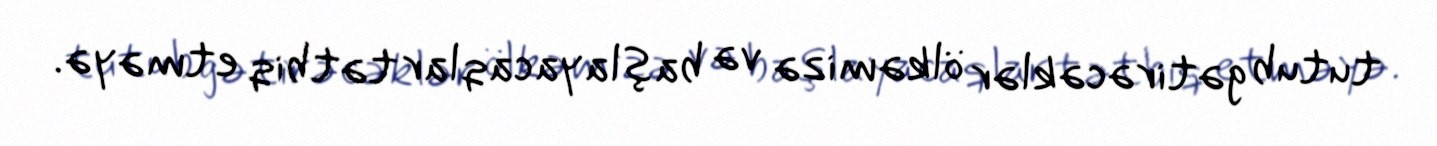
tutub gətirəcəklər ölkəmizə və başlayacaqlar tətbiq etməyə.